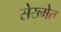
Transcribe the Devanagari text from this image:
सेख्मेत